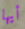
أيها